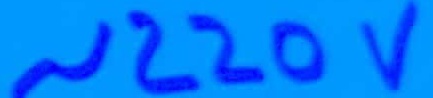
Text: ~220V